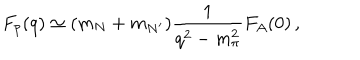
LaTeX: F _ { p } ( q ) \simeq ( m _ { N } + m _ { N ^ { \prime } } ) \frac { 1 } { q ^ { 2 } - m _ { \pi } ^ { 2 } } F _ { A } ( 0 ) \, ,